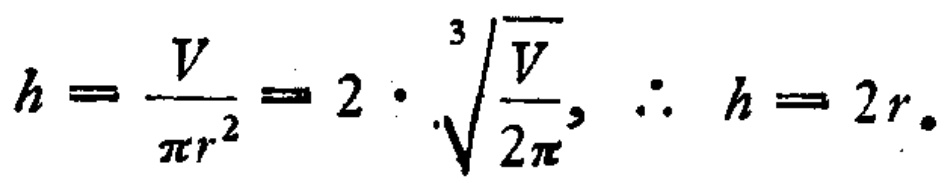
\[h = \frac{V}{\pi r^{2}} = 2 \cdot \sqrt[3]{\frac{V}{2\pi}}, \therefore h = 2r.\]